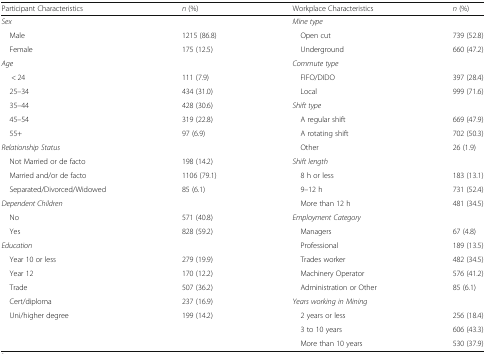
<table><thead><tr><td><b>Participant Characteristics</b></td><td><b><i>n</i> (%)</b></td><td><b>Workplace Characteristics</b></td><td><b><i>n</i> (%)</b></td></tr></thead><tbody><tr><td><i>Sex</i></td><td></td><td><i>Mine type</i></td><td></td></tr><tr><td> Male</td><td>1215 (86.8)</td><td> Open cut</td><td>739 (52.8)</td></tr><tr><td> Female</td><td>175 (12.5)</td><td> Underground</td><td>660 (47.2)</td></tr><tr><td><i>Age</i></td><td></td><td><i>Commute type</i></td><td></td></tr><tr><td>&lt; 24</td><td>111 (7.9)</td><td> FIFO/DIDO</td><td>397 (28.4)</td></tr><tr><td> 25–34</td><td>434 (31.0)</td><td> Local</td><td>999 (71.6)</td></tr><tr><td> 35–44</td><td>428 (30.6)</td><td><i>Shift type</i></td><td></td></tr><tr><td> 45–54</td><td>319 (22.8)</td><td> A regular shift</td><td>669 (47.9)</td></tr><tr><td> 55+</td><td>97 (6.9)</td><td> A rotating shift</td><td>702 (50.3)</td></tr><tr><td><i>Relationship Status</i></td><td></td><td> Other</td><td>26 (1.9)</td></tr><tr><td> Not Married or de facto</td><td>198 (14.2)</td><td><i>Shift length</i></td><td></td></tr><tr><td> Married and/or de facto</td><td>1106 (79.1)</td><td> 8 h or less</td><td>183 (13.1)</td></tr><tr><td> Separated/Divorced/Widowed</td><td>85 (6.1)</td><td> 9–12 h</td><td>731 (52.4)</td></tr><tr><td><i>Dependent Children</i></td><td></td><td> More than 12 h</td><td>481 (34.5)</td></tr><tr><td> No</td><td>571 (40.8)</td><td><i>Employment Category</i></td><td></td></tr><tr><td> Yes</td><td>828 (59.2)</td><td> Managers</td><td>67 (4.8)</td></tr><tr><td><i>Education</i></td><td></td><td> Professional</td><td>189 (13.5)</td></tr><tr><td> Year 10 or less</td><td>279 (19.9)</td><td> Trades worker</td><td>482 (34.5)</td></tr><tr><td> Year 12</td><td>170 (12.2)</td><td> Machinery Operator</td><td>576 (41.2)</td></tr><tr><td> Trade</td><td>507 (36.2)</td><td> Administration or Other</td><td>85 (6.1)</td></tr><tr><td> Cert/diploma</td><td>237 (16.9)</td><td><i>Years working in Mining</i></td><td></td></tr><tr><td> Uni/higher degree</td><td>199 (14.2)</td><td> 2 years or less</td><td>256 (18.4)</td></tr><tr><td></td><td></td><td> 3 to 10 years</td><td>606 (43.3)</td></tr><tr><td></td><td></td><td> More than 10 years</td><td>530 (37.9)</td></tr></tbody></table>